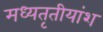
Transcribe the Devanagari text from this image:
मध्यतृतीयांश